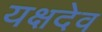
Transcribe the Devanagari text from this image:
यक्षदेव